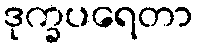
ဒုက္ခပရေတာ